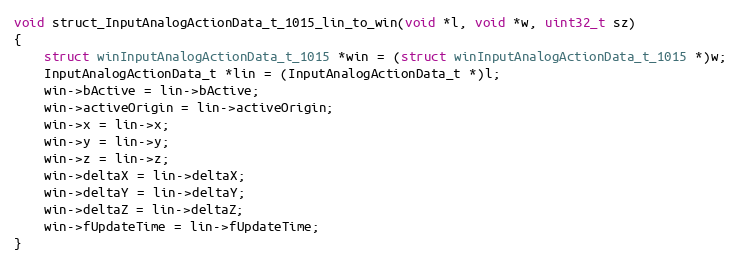
Language: C++
void struct_InputAnalogActionData_t_1015_lin_to_win(void *l, void *w, uint32_t sz)
{
    struct winInputAnalogActionData_t_1015 *win = (struct winInputAnalogActionData_t_1015 *)w;
    InputAnalogActionData_t *lin = (InputAnalogActionData_t *)l;
    win->bActive = lin->bActive;
    win->activeOrigin = lin->activeOrigin;
    win->x = lin->x;
    win->y = lin->y;
    win->z = lin->z;
    win->deltaX = lin->deltaX;
    win->deltaY = lin->deltaY;
    win->deltaZ = lin->deltaZ;
    win->fUpdateTime = lin->fUpdateTime;
}